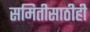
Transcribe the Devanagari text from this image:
समितीसाठीही